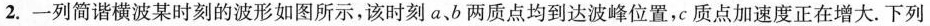
2.一列简谐横波某时刻的波形如图所示，该时刻a、b两质点均到达波峰位置，c质点加速度正在增大。下列